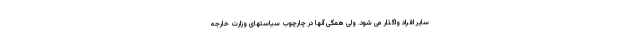
سایر افراد واگذار می شود. ولی همگی آنها در چارچوب سیاستهای وزارت خارجه